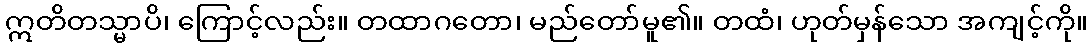
ဣတိတသ္မာပိ၊ ကြောင့်လည်း။ တထာဂတော၊ မည်တော်မူ၏။ တထံ၊ ဟုတ်မှန်သော အကျင့်ကို။